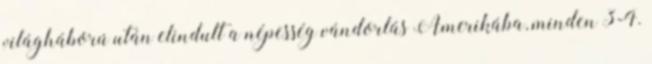
világháború után elindult a népesség vándorlás Amerikába, minden 3-4.